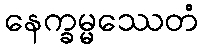
နေက္ခမ္မဿေတံ